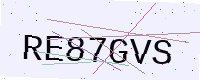
Text: RE87GVS